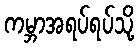
ကမ္ဘာအရပ်ရပ်သို့